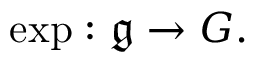
\exp : { \mathfrak { g } } \to G .